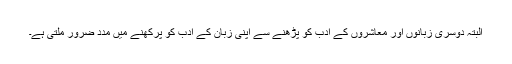
البتہ دوسری زبانوں اور معاشروں کے ادب کو پڑھنے سے اپنی زبان کے ادب کو پرکھنے میں مدد ضرور ملتی ہے۔